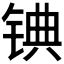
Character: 𬭓